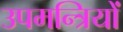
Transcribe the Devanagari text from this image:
उपमन्त्रियों